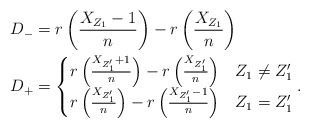
\begin{align*} D_- &= r\left(\frac{X_{Z_1}-1}{n}\right) - r\left(\frac{X_{Z_1}}{n}\right)\\ D_+ &= \begin{cases} r\left(\frac{X_{Z_1'}+1}{n}\right) - r\left(\frac{X_{Z_1'}}{n}\right)&Z_1\neq Z_1'\\ r\left(\frac{X_{Z_1'}}{n}\right) - r\left(\frac{X_{Z_1'}-1}{n}\right)&Z_1= Z_1' \end{cases}. \end{align*}